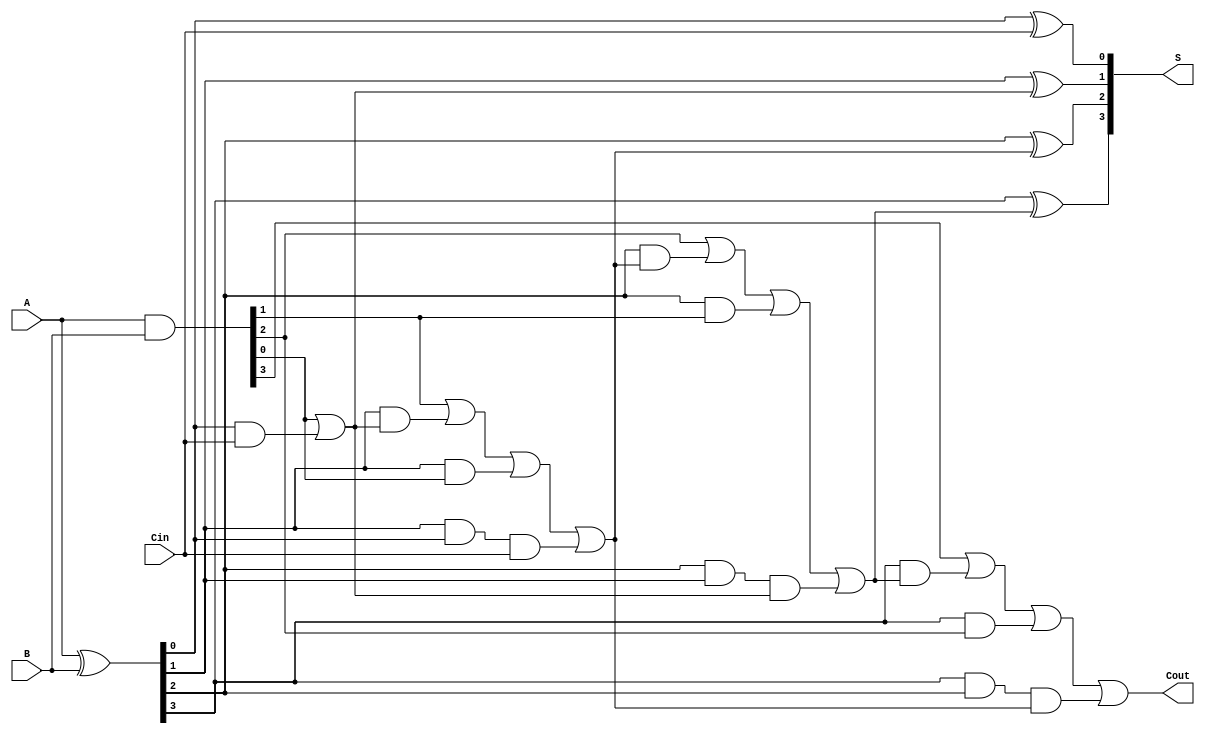
module conditional_sum_adder #(parameter N = 4) (
    input  [N-1:0] A,      // First n-bit input
    input  [N-1:0] B,      // Second n-bit input
    input          Cin,     // Carry-in
    output [N-1:0] S,      // n-bit sum output
    output         Cout     // Carry-out
);

    // Generate and Propagate signals
    wire [N-1:0] G; // Generate signals
    wire [N-1:0] P; // Propagate signals
    wire [N:0] C;   // Carry signals

    // Generate and Propagate Logic
    assign G = A & B;          // Generate: Gi = Ai AND Bi
    assign P = A ^ B;          // Propagate: Pi = Ai XOR Bi

    // Carry Calculation
    assign C[0] = Cin;         // C0 = Cin
    genvar i;
    generate
        for (i = 0; i < N; i = i + 1) begin : carry_calc
            if (i == 0) begin
                assign C[i+1] = G[i] | (P[i] & C[i]); // C1
            end else begin
                assign C[i+1] = G[i] | (P[i] & C[i]) | (P[i] & G[i-1]) | (P[i] & P[i-1] & C[i-1]); // C2, C3, ...
            end
        end
    endgenerate

    // Sum Calculation
    wire [N-1:0] S_temp; // Temporary sum outputs
    assign S_temp[0] = P[0] ^ C[0]; // S0 = P0 XOR C0
    generate
        for (i = 1; i < N; i = i + 1) begin : sum_calc
            assign S_temp[i] = P[i] ^ C[i]; // Si = Pi XOR Ci
        end
    endgenerate

    // Final Sum Selection
    assign S = S_temp; // Final sum output
    assign Cout = C[N]; // Carry-out

endmodule